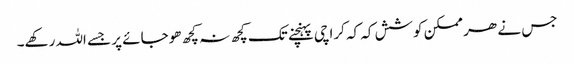
جس نے ھر ممکن کوشش کہ کہ کراچی پہنچنے تک کچھ نہ کچھ ھوجائے پر جسے اللہ رکھے۔